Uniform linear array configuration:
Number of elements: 64
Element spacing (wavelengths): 0.25
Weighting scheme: exponential
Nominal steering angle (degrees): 0
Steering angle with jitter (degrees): -1.868
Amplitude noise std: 0.05
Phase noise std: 0.05

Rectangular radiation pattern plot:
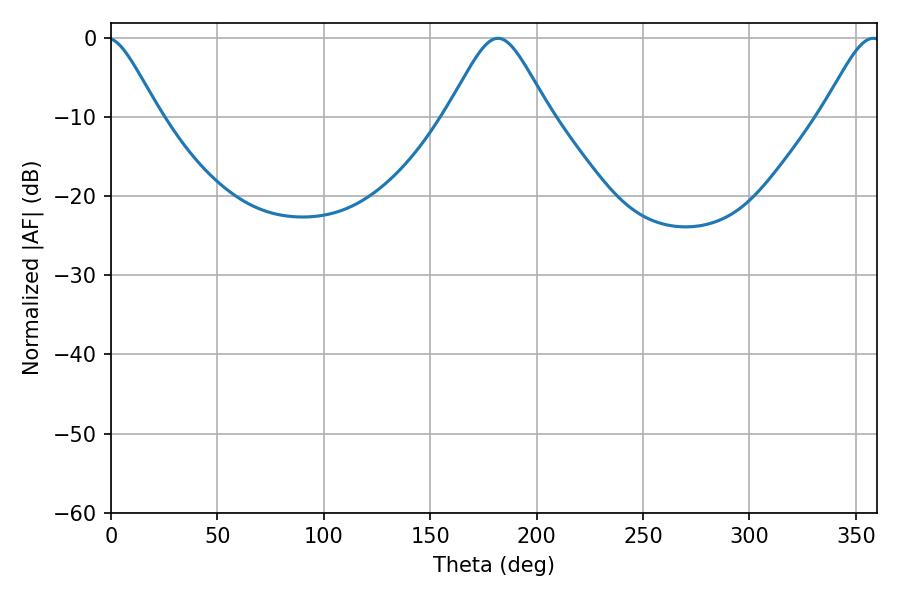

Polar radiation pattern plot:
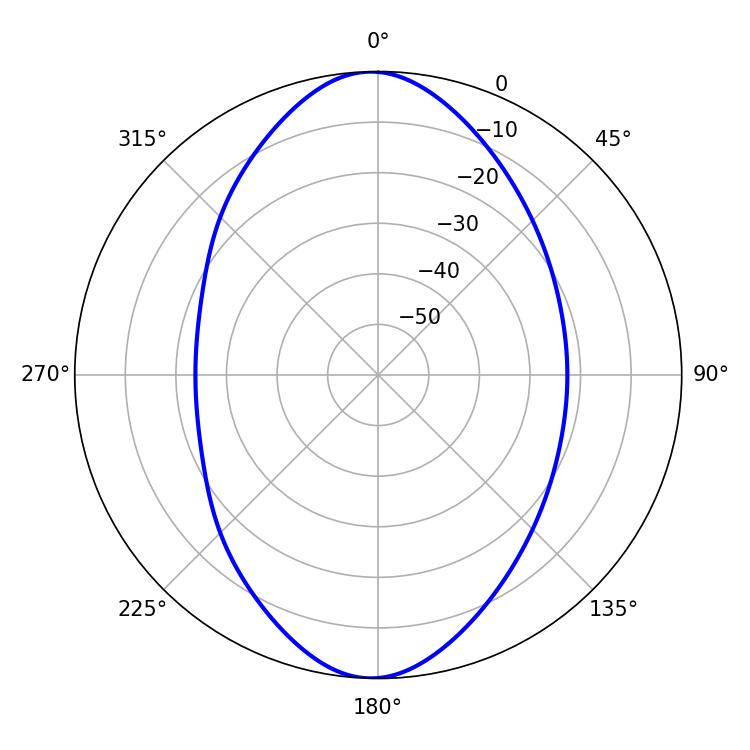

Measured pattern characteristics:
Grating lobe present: FALSE
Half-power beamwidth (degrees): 23.4
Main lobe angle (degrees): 181.8